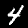
Label: 4